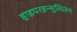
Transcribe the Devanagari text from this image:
हाइपरइन्सुलिज़म